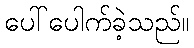
ပေါ်ပေါက်ခဲ့သည်။